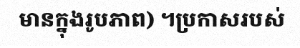
មានក្នុងរូបភាព) ។ប្រកាសរបស់